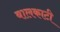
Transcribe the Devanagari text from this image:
बालकाटी